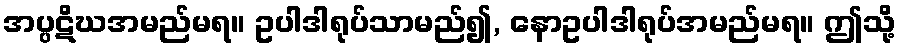
အပ္ပဋိဃအမည်မရ။ ဥပါဒါရုပ်သာမည်၍, နောဥပါဒါရုပ်အမည်မရ။ ဤသို့